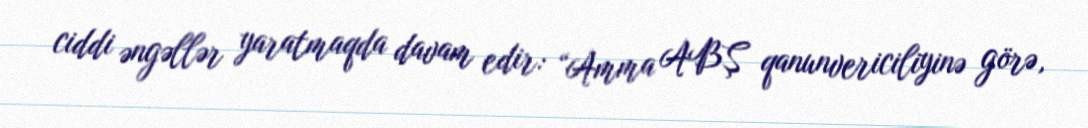
ciddi əngəllər yaratmaqda davam edir: “Amma ABŞ qanunvericiliyinə görə,